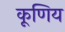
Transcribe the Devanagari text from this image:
कूणिय